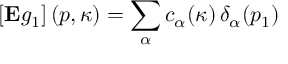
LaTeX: \left[ \mathrm { \bf E } g _ { 1 } \right] ( p , \kappa ) = \sum _ { \alpha } c _ { \alpha } ( \kappa ) \, \delta _ { \alpha } ( p _ { 1 } )